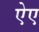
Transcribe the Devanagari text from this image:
ऐए